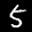
Label: 5